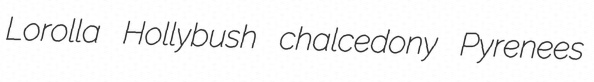
Lorolla Hollybush chalcedony Pyrenees